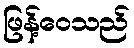
ဖြန့်ဝေသည်